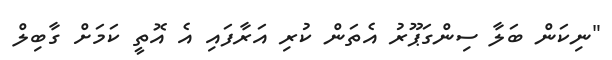
"ނިކަން ބަލާ ސިންގަޕޫރު އެތަން ކުރި އަރާފައި އެ އޮތީ ކަމަށް ގާބިލް